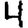
Digit: 4